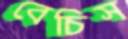
বেচিস